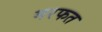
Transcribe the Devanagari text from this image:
मरफत